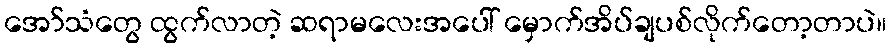
အော်သံတွေ ထွက်လာတဲ့ ဆရာမလေးအပေါ် မှောက်အိပ်ချပစ်လိုက်တော့တာပဲ။